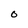
Character: O